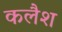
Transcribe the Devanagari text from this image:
कलैश